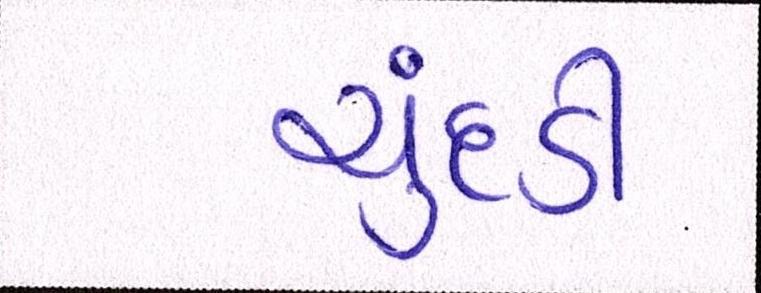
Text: ચુદડી